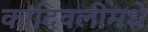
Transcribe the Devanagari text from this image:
कांदिवलीमधे